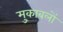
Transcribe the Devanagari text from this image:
मु्काबलों